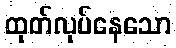
ထုတ်လုပ်နေသော